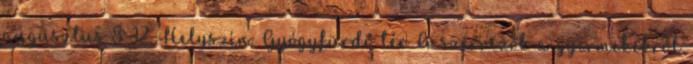
augusztus 8–12. Helyszín: Gyógyfürdő tér A szervezők a gyermekekről